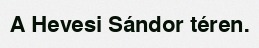
A Hevesi Sándor téren.